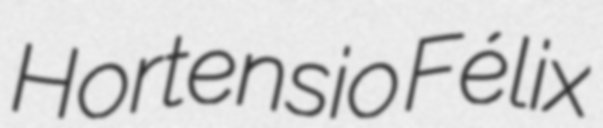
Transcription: Hortensio Félix